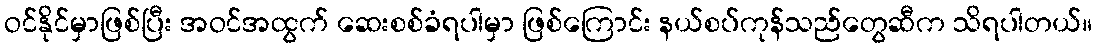
ဝင်နိုင်မှာဖြစ်ပြီး အဝင်အထွက် ဆေးစစ်ခံရပါမှာ ဖြစ်ကြောင်း နယ်စပ်ကုန်သည်တွေဆီက သိရပါတယ်။